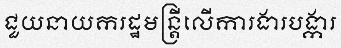
ជួយនាយករដ្ឋមន្ត្រីលើការងារបង្ការ